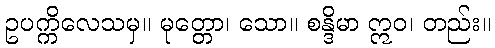
ဥပက္ကိလေသမှ။ မုတ္တော၊ သော။ စန္ဒိမာ ဣဝ၊ တည်း။